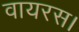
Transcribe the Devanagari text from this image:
वायरस।